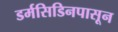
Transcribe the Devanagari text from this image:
डर्मसिडिनपासून